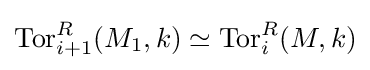
\operatorname {Tor} _{i+1}^{R}(M_{1},k)\simeq \operatorname {Tor} _{i}^{R}(M,k)